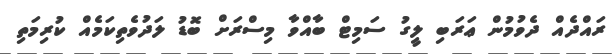
ރައްދެއް ދެވުމުން ޢަރަބި ލީގު ސަމިޓް ބާއްވާ މިސްރަށް ބޮޑު ލަދުވެތިކަމެއް ކުރިމަތި